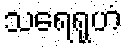
သရေရုဟံ